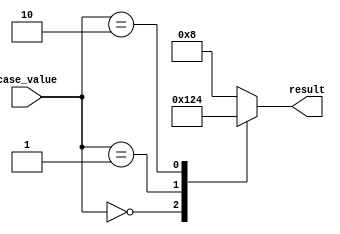
module full_case_statement (
    input [1:0] case_value,
    output reg [3:0] result
);

always @(*) begin
    case (case_value)
        2'b00: begin
            result <= 4'b0001;
        end
        2'b01: begin
            result <= 4'b0010;
        end
        2'b10: begin
            result <= 4'b0100;
        end
        default: begin
            result <= 4'b1000;
        end
    endcase
end

endmodule